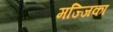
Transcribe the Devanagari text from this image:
मज्जिका